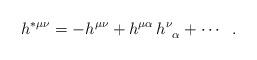
LaTeX: \begin{align*}h^{*\mu \nu }=-h^{\mu \nu }+h^{\mu \alpha }\,h_{\;\;\alpha}^\nu +\cdots \;\;.\end{align*}